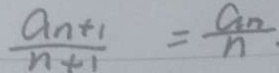
\frac { a _ { n } + 1 } { n + 1 } = \frac { a _ { n } } { n \cdot }